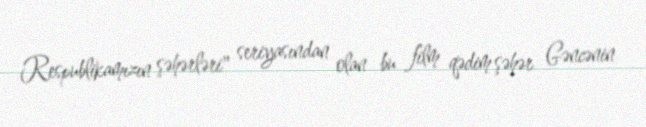
Respublikamızın şəhərləri" seriyasından olan bu film qədim şəhər Gəncənin